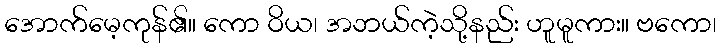
အောက်မေ့ကုန်၏။ ကော ဝိယ၊ အဘယ်ကဲ့သို့နည်း ဟူမူကား။ ဗကော၊